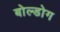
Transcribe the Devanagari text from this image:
बोल्डोग